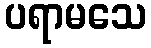
ပရာမသေ